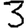
Digit: 3